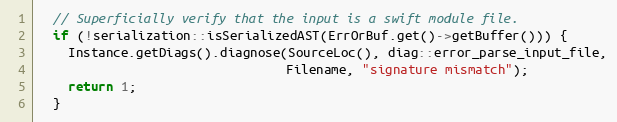
Language: C++
  // Superficially verify that the input is a swift module file.
  if (!serialization::isSerializedAST(ErrOrBuf.get()->getBuffer())) {
    Instance.getDiags().diagnose(SourceLoc(), diag::error_parse_input_file,
                                 Filename, "signature mismatch");
    return 1;
  }